Civil Veterinary Department. United Provinces 1912-22 - 1912-1922
Year: 1912
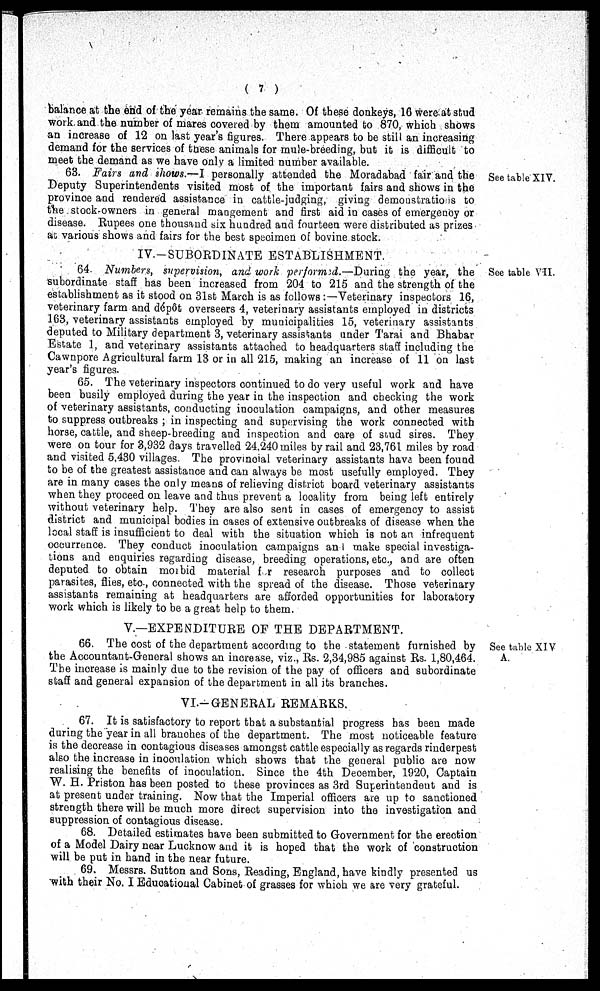
(7)
balance at the end of the year remains the same. Of these donkeys, 16 were at stud
work and the number of mares covered by them amounted to 870, which shows
an increase of 12 on last year's figures. There appears to be still an increasing
demand for the services of these animals for mule-breeding, but it is difficult to
meet the demand as we have only a limited number available.
See table XIV.
63. Fairs and shows.—I personally attended the Moradabad fair and the
Deputy Superintendents visited most of the important fairs and shows in the
province and rendered assistance in cattle-judging, giving demonstrations to
the stock-owners in general mangement and first aid in cases of emergency or
disease. Rupees one thousand six hundred and fourteen were distributed as prizes
at various shows and fairs for the best specimen of bovine stock.
IV.-SUBORDINATE ESTABLISHMENT.
See table VII.
64. Numbers, supervision, and work performed.—During the year, the
subordinate staff has been increased from 204 to 215 and the strength of the
establishment as it stood on 31st March is as follows:—Veterinary inspectors 16,
veterinary farm and dépôt overseers 4, veterinary assistants employed in districts
163, veterinary assistants employed by municipalities 15, veterinary assistants
deputed to Military department 3, veterinary assistants under Tarai and Bhabar
Estate 1, and veterinary assistants attached to headquarters staff including the
Cawnpore Agricultural farm 13 or in all 215, making an increase of 11 on last
year's figures.
65. The veterinary inspectors continued to do very useful work and have
been busily employed during the year in the inspection and checking the work
of veterinary assistants, conducting inoculation campaigns, and other measures
to suppress outbreaks; in inspecting and supervising the work connected with
horse, cattle, and sheep-breeding and inspection and care of stud sires. They
were on tour for 3,932 days travelled 24.240 miles by rail and 23,761 miles by road
and visited 5,430 villages. The provincial veterinary assistants have been found
to be of the greatest assistance and can always be most usefully employed. They
are in many cases the only means of relieving district board veterinary assistants
when they proceed on leave and thus prevent a locality from being left entirely
without veterinary help. They are also sent in cases of emergency to assist
district and municipal bodies in cases of extensive outbreaks of disease when the
local staff is insufficient to deal with the situation which is not an infrequent
occurrence. They conduct inoculation campaigns an i make special investiga-
tions and enquiries regarding disease, breeding operations, etc., and are often
deputed to obtain morbid material for research purposes and to collect
parasites, flies, etc., connected with the spread of the disease. Those veterinary
assistants remaining at headquarters are afforded opportunities for laboratory
work which is likely to be a great help to them.
V.—EXPENDITURE OF THE DEPARTMENT.
See table XIV
A.
66. The cost of the department according to the statement furnished by
the Accountant-General shows an increase, viz., Rs. 2,34,985 against Rs. 1,80,464.
The increase is mainly due to the revision of the pay of officers and subordinate
staff and general expansion of the department in all its branches.
VI.-GENERAL REMARKS.
67. It is satisfactory to report that a substantial progress has been made
during the year in all branches of the department. The most noticeable feature
is the decrease in contagious diseases amongst cattle especially as regards rinderpest
also the increase in incoulation which shows that the general public are now
realising the benefits of inoculation. Since the 4th December, 1920, Captain
W. H. Priston has been posted to these provinces as 3rd Superintendent and is
at present under training. Now that the Imperial officers are up to sanctioned
strength there will be much more direct supervision into the investigation and
suppression of contagious disease.
68. Detailed estimates have been submitted to Government for the erection
of a Model Dairy near Lucknow and it is hoped that the work of construction
will be put in hand in the near future.
69. Messrs. Sutton and Sons, Reading, England, have kindly presented us
"with their No. I Educational Cabinet of grasses for which we are very grateful.